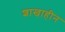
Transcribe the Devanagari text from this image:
शाखाहीन